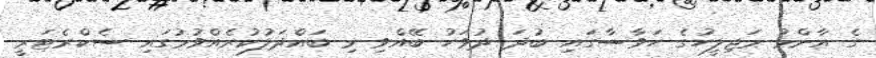
ގެ އާންމު މަޖިލީހުގެ ހަވާސާގައި ބުދަ ދުވަހު ބޭއްވި މި ބައްދަލުކުރެއްވުމުގައި ސެކްރެޓަރީ